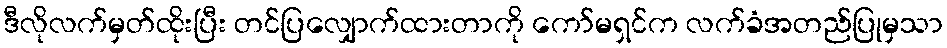
ဒီလိုလက်မှတ်ထိုးပြီး တင်ပြလျှောက်ထားတာကို ကော်မရှင်က လက်ခံအတည်ပြုမှသာ